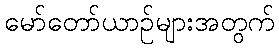
မော်တော်ယာဉ်များအတွက်